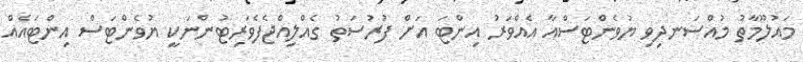
މައުލޫމާތު މުއްސަނދިވި ޔުވެންޓަސްއާ އެއްވަރު އިންޓަ އަށް ފުރުސަތު ގެއްލިއްޖެފެވަރިޓުންނަކީ ޔުވެންޓަސް އިންޓައެއް